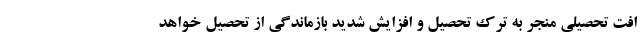
افت تحصیلی منجر به ترک تحصیل و افزایش شدید بازماندگی از تحصیل خواهد